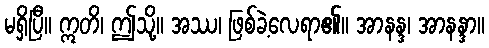
မရှိပြီ။ ဣတိ၊ ဤသို့။ အဿ၊ ဖြစ်ခဲ့လေရာ၏။ အာနန္ဒ၊ အာနန္ဒာ။